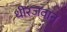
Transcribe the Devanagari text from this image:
धीरजवान्